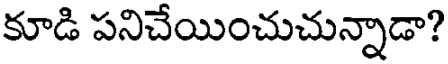
కూడి పనిచేయించుచున్నాడా?